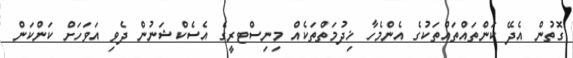
ގޮތުން އެދޭ ކަންތައްތައްތަކުގެ އެންމެހާ ޚިދުމަތްތަކެއް މިނިސްޓރީގެ އެސެކްޝަނުން ދެވި އަވަހަށް ކަންކަން